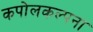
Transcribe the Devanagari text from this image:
कपोलकल्पना